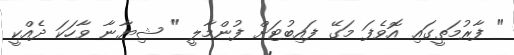
" ފާރުމަތީގައި އޮވެފަ މަގޭ ފައިބުޓަށް ފުންމާލީ " ޝިޔާނާ ވާހަކަ ދެއްކީ